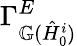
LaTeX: \Gamma_{\mathbb{G}(\hat{H}_{0}^{i})}^{E}